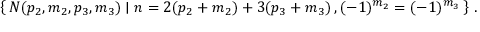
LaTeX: \left\{ \, N ( p _ { 2 } , m _ { 2 } , p _ { 3 } , m _ { 3 } ) \mid n = 2 ( p _ { 2 } + m _ { 2 } ) + 3 ( p _ { 3 } + m _ { 3 } ) \, , ( - 1 ) ^ { m _ { 2 } } = ( - 1 ) ^ { m _ { 3 } } \, \right\} \, .